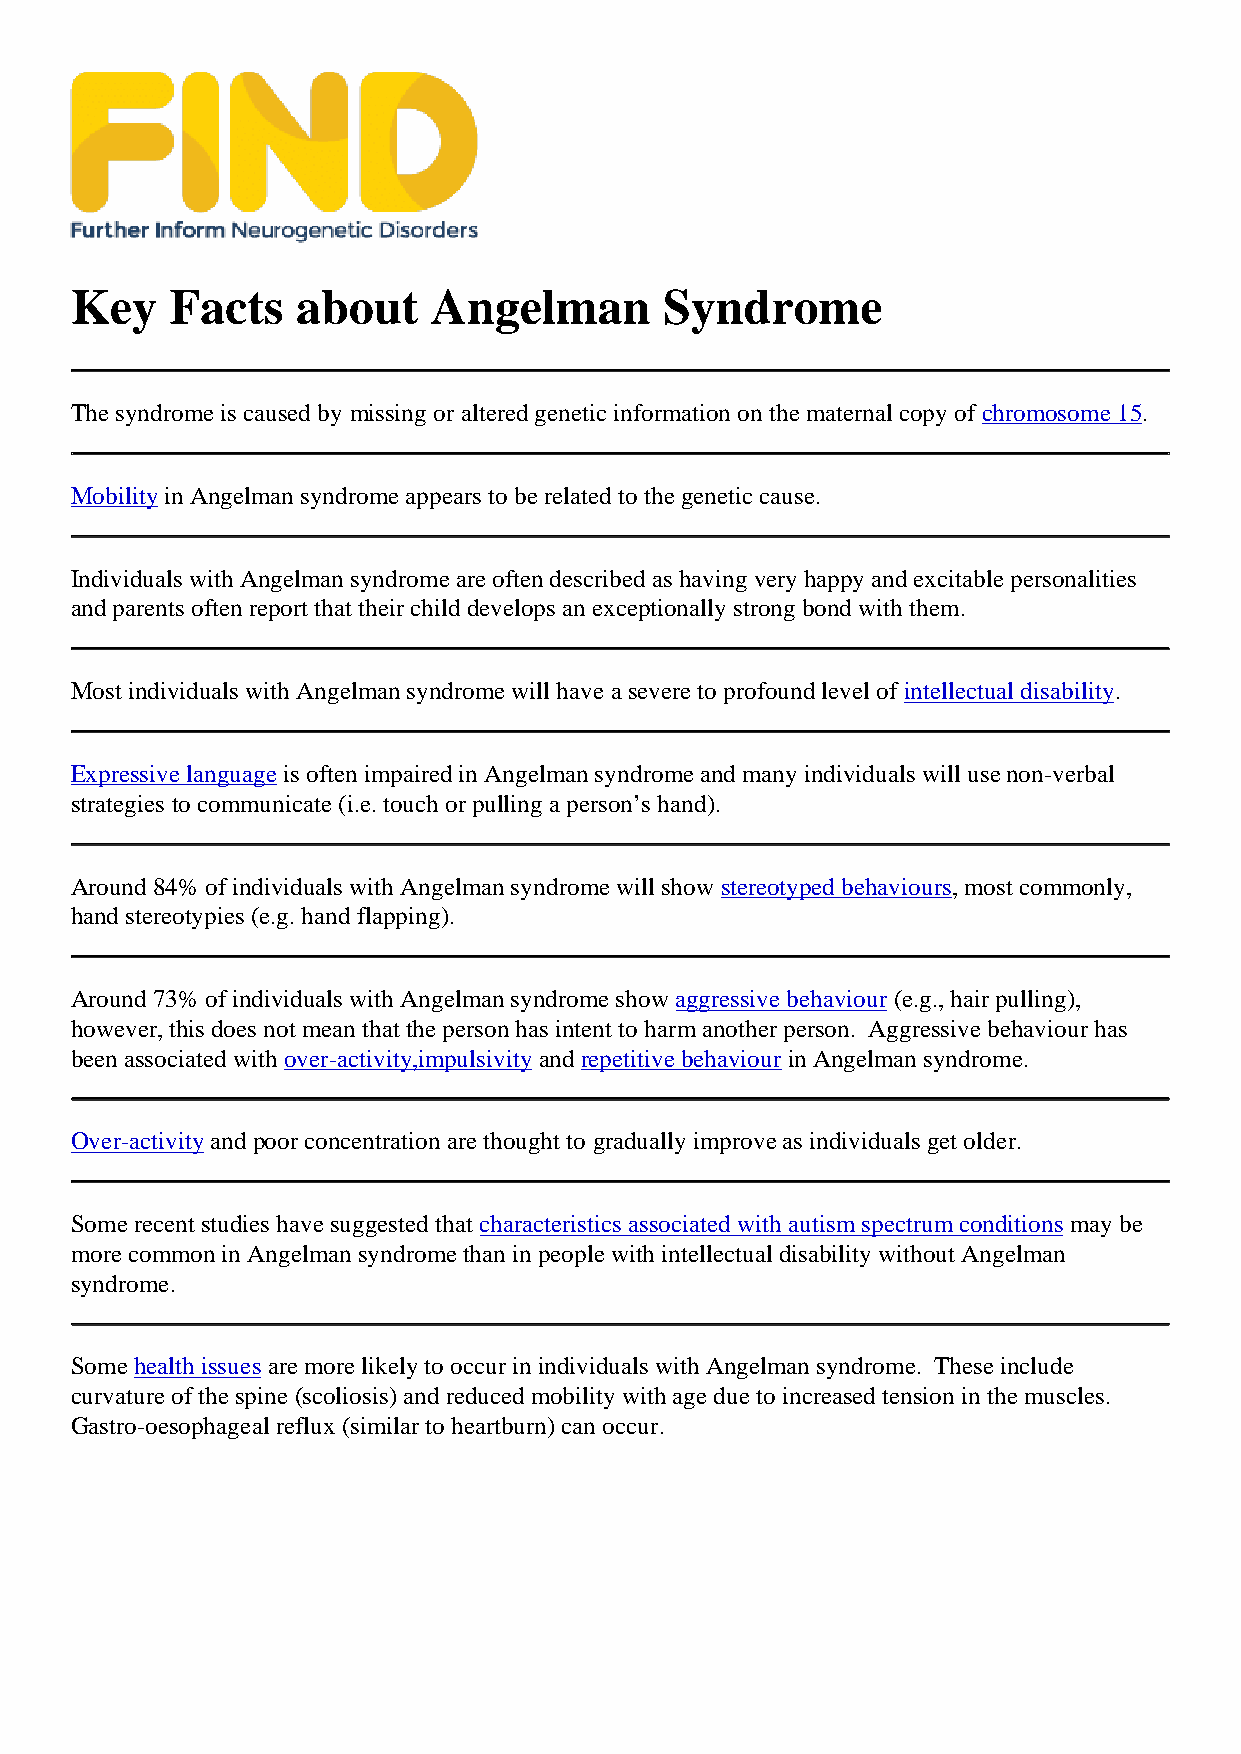
Key   Facts    about    Angelman       Syndrome
 The syndrome is caused by missing or altered genetic information on the maternal copy of chromosome 15.
 Mobility in Angelman syndrome appears to be related to the genetic cause.
 Individuals with Angelman syndrome are often described as having very happy and excitable personalities
 and parents often report that their child develops an exceptionally strong bond with them.
 Most individuals with Angelman syndrome will have a severe to profound level of intellectual disability.
 Expressive language is often impaired in Angelman syndrome and many individuals will use non-verbal
 strategies to communicate (i.e. touch or pulling a person’s hand).
 Around 84% of individuals with Angelman syndrome will show stereotyped behaviours, most commonly,
 hand stereotypies (e.g. hand flapping).
 Around 73% of individuals with Angelman syndrome show aggressive behaviour (e.g., hair pulling),
 however, this does not mean that the person has intent to harm another person. Aggressive behaviour has
 been associated with over-activity,impulsivityand repetitive behaviourin Angelman syndrome.
 Over-activity andpoor concentration are thought to gradually improve as individuals get older.
 Some recent studies have suggested that characteristics associated with autism spectrum conditions may be
 more common in Angelman syndrome than in people with intellectual disability without Angelman
 syndrome.
 Some health issuesare more likely to occur in individuals with Angelman syndrome. These include
 curvature of the spine (scoliosis) and reduced mobility with age due to increased tension in the muscles.
 Gastro-oesophageal reflux (similar to heartburn) can occur.